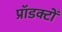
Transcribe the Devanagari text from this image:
प्रॉडक्टों